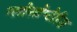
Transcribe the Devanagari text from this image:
ग्लोसोप्टेरिस